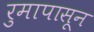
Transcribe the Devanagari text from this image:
रुमापासून